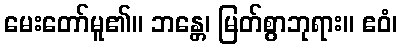
မေးတော်မူ၏။ ဘန္တေ၊ မြတ်စွာဘုရား။ ဧဝံ၊